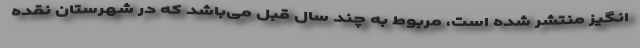
انگیز منتشر شده است، مربوط به چند سال قبل می‌باشد که در شهرستان نقده